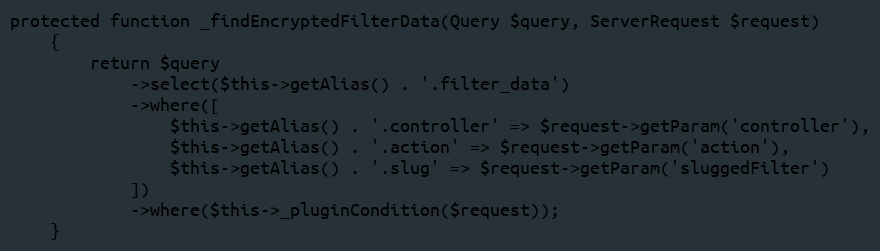
Language: PHP
protected function _findEncryptedFilterData(Query $query, ServerRequest $request)
    {
        return $query
            ->select($this->getAlias() . '.filter_data')
            ->where([
                $this->getAlias() . '.controller' => $request->getParam('controller'),
                $this->getAlias() . '.action' => $request->getParam('action'),
                $this->getAlias() . '.slug' => $request->getParam('sluggedFilter')
            ])
            ->where($this->_pluginCondition($request));
    }